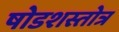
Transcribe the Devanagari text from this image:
षोडशस्तोत्र